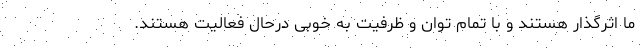
ما اثرگذار هستند و با تمام توان و ظرفیت به خوبی درحال فعالیت هستند.